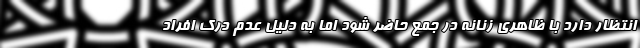
انتظار دارد با ظاهری زنانه در جمع حاضر شود اما به دلیل عدم درک افراد